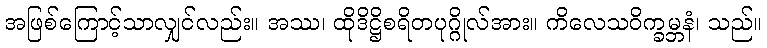
အဖြစ်ကြောင့်သာလျှင်လည်း။ အဿ၊ ထိုဒိဋ္ဌိစရိတပုဂ္ဂိုလ်အား။ ကိလေသဝိက္ခမ္ဘနံ၊ သည်။